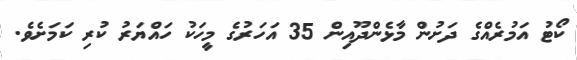
ކޯޓު އަމުރެއްގެ ދަށުން މާޅެންދޫއިން 35 އަހަރުގެ މީހަކު ހައްޔަރު ކުރި ކަމަށެވެ.